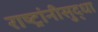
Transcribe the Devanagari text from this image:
राष्ट्रांनीसुद्धा